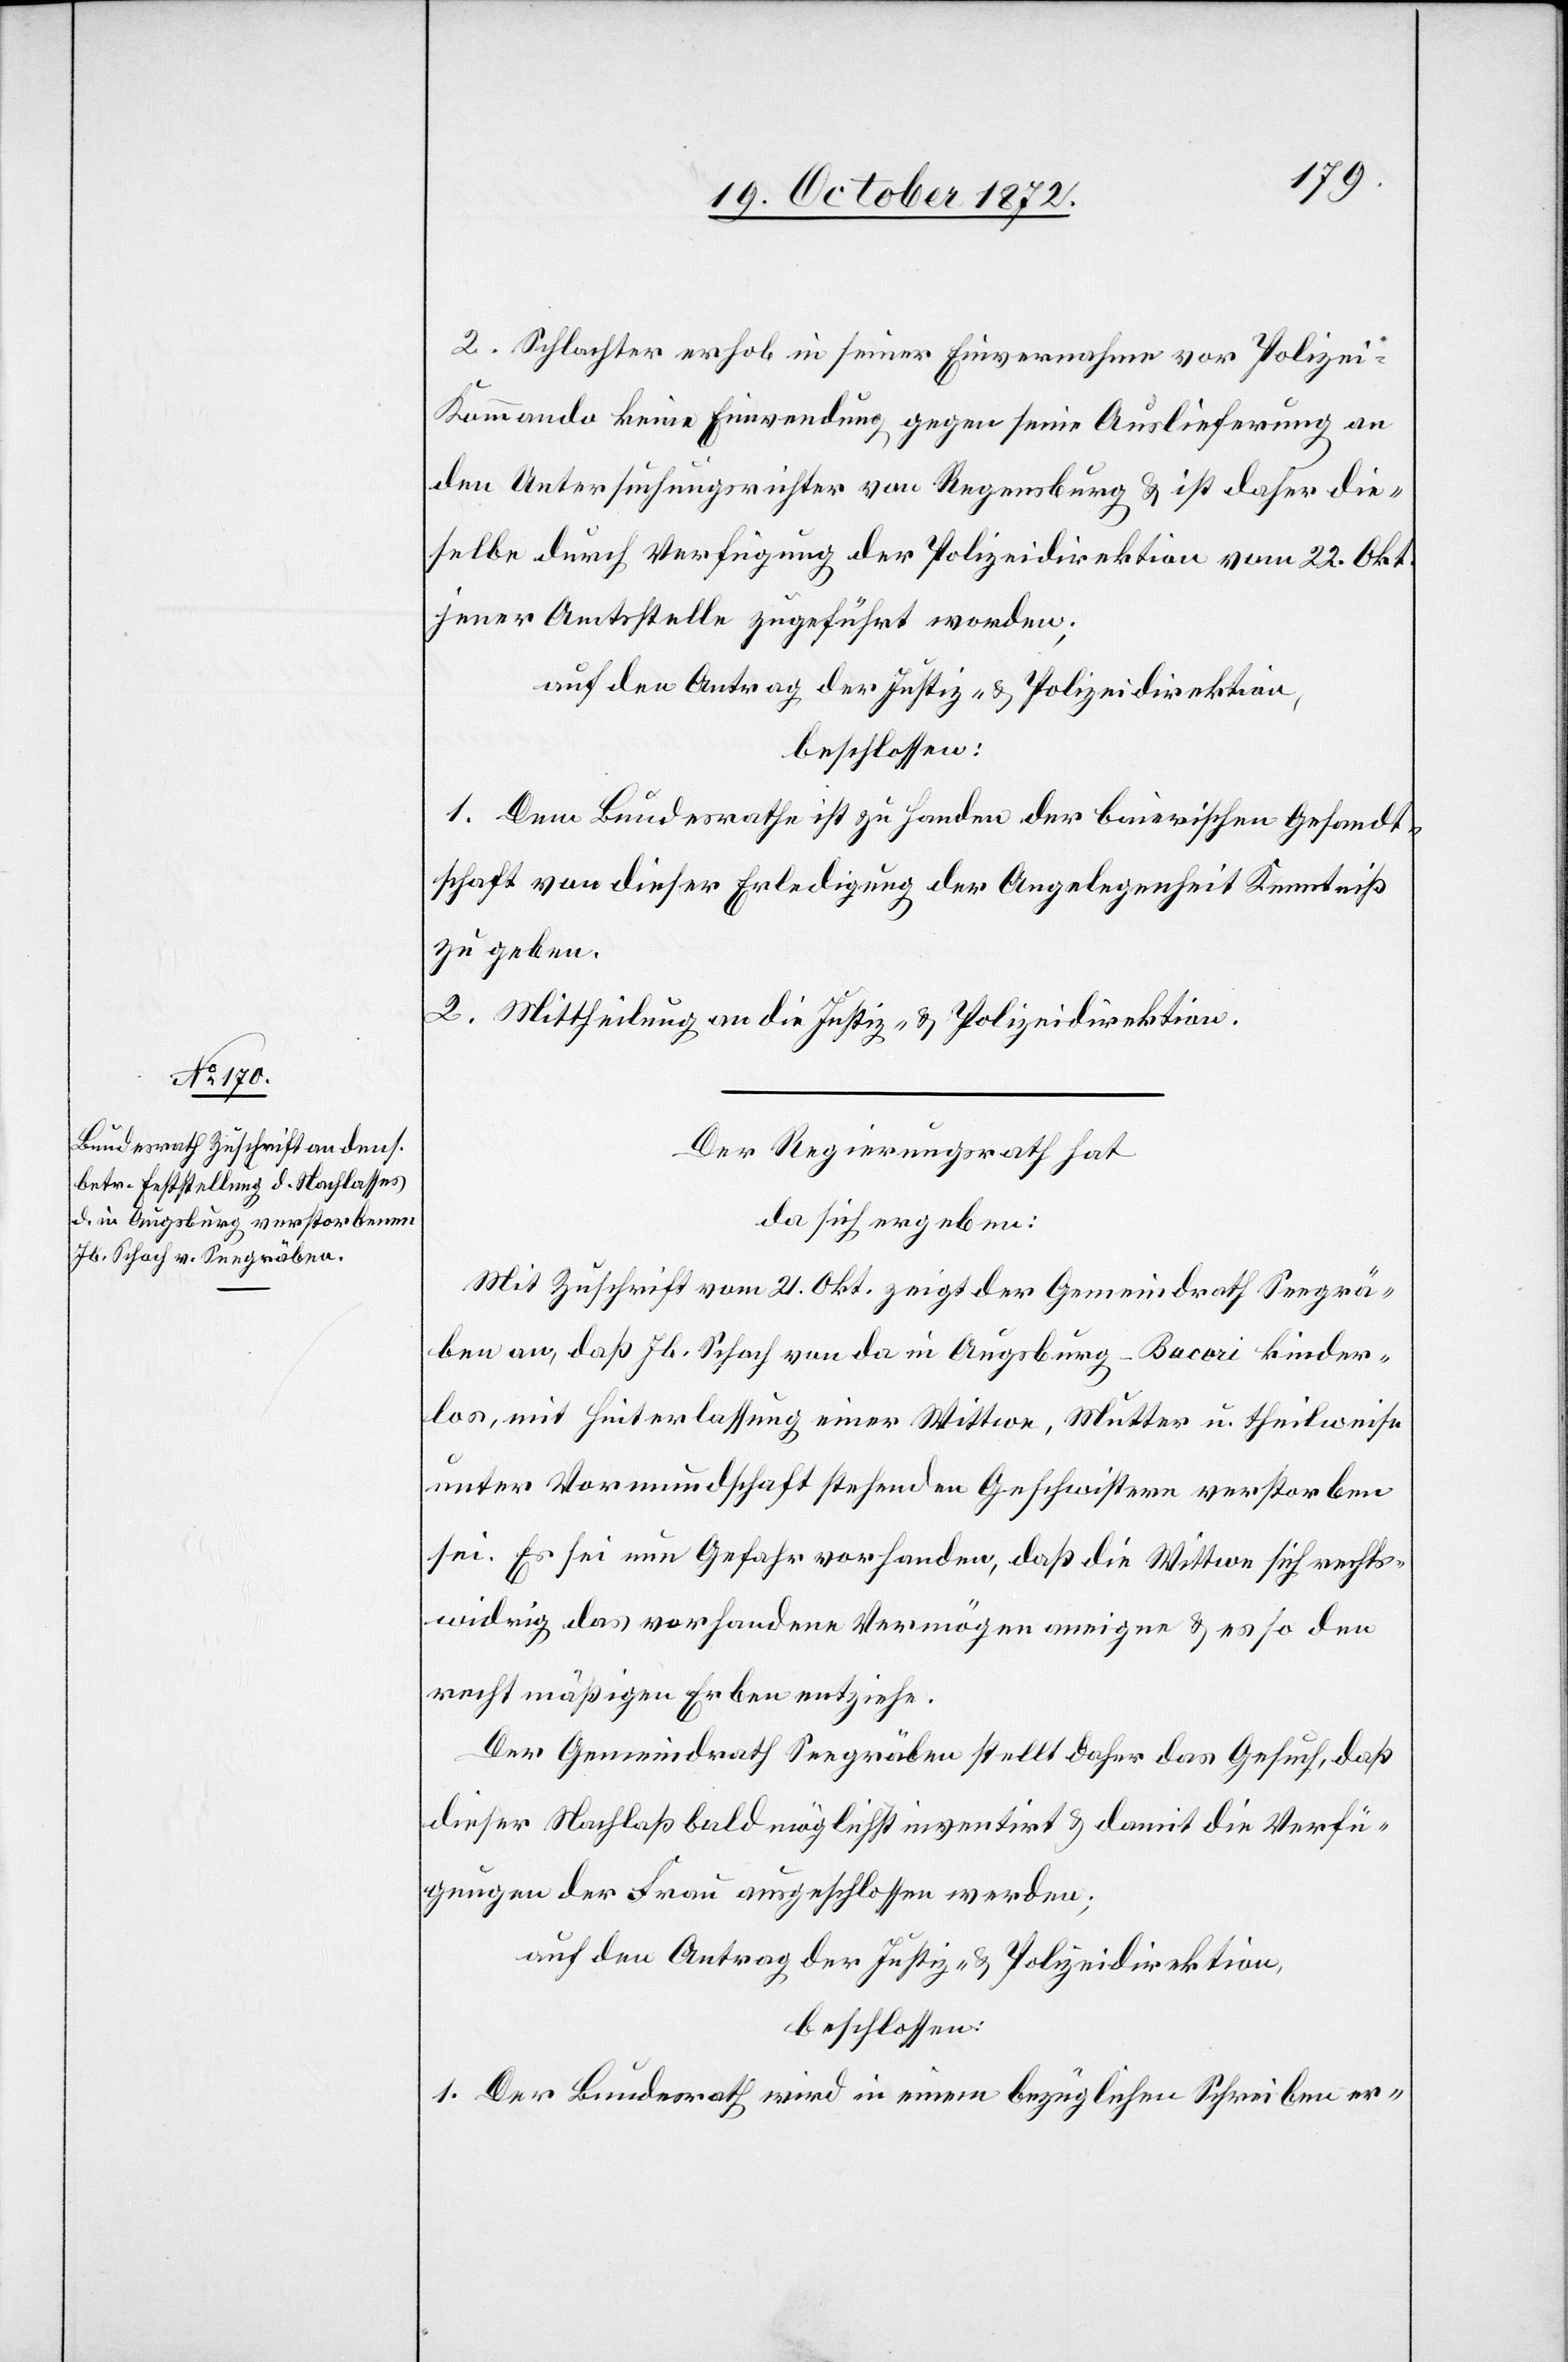
24. October 1872.]
2. Schlachter erhob in seiner Einvernahme vor Polizei-K¬
ommando keine Einwendung gegen seine Auslieferung an
den Untersuchungsrichter von Regensburg u. ist daher die¬
selbe durch Verfügung der Polizeidirektion vom 22. Okt.
jener Amtsstelle zugeführt worden;
auf den Antrag der Justiz- u. Polizeidirektion,
beschlossen:
1. Dem Bundesrathe ist zu Handen der baierischen Gesandt¬
schaft von dieser Erledigung der Angelegenheit Kenntniß
zu geben.
2. Mittheilung an die Justiz- u. Polizeidirektion.
Der Regierungsrath hat
da sich ergeben:
Mit Zuschrift vom 21. Okt. zeigt der Gemeindrath Seegrä¬
ben an, daß Jb. Schach von da in Augsburg-[?Bacori] kinder¬
los, mit Hinterlassung einer Wittwe, Mutter u. theilweise
unter Vormundschaft stehenden Geschwistern verstorben
sei. Es sei nun Gefahr vorhanden, daß die Wittwe sich rechts¬
widrig das vorhandene Vermögen aneigne u. es so den
rechtmäßigen Erben entziehe.
Der Gemeindrath Seegräben stellt daher das Gesuch, daß
dieser Nachlaß baldmöglichst inventirt u. damit die Verfü¬
gungen der Frau ausgeschlossen werden;
auf den Antrag der Justiz- u. Polizeidirektion,
beschlossen:
1. Der Bundesrath wird in einem bezüglichen Schreiben er-